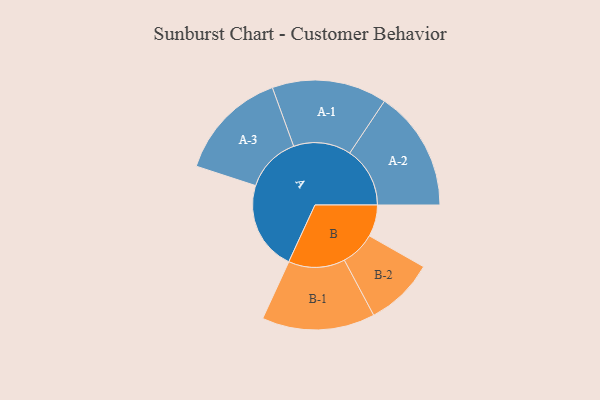
{"axis": {"x": "Segment", "y": "Value"}, "legend": ["", "A", "B"], "data": [{"x": "A", "y": 366, "type": ""}, {"x": "B", "y": 130, "type": ""}, {"x": "A-1", "y": 236, "type": "A"}, {"x": "A-2", "y": 247, "type": "A"}, {"x": "A-3", "y": 228, "type": "A"}, {"x": "B-1", "y": 232, "type": "B"}, {"x": "B-2", "y": 142, "type": "B"}]}